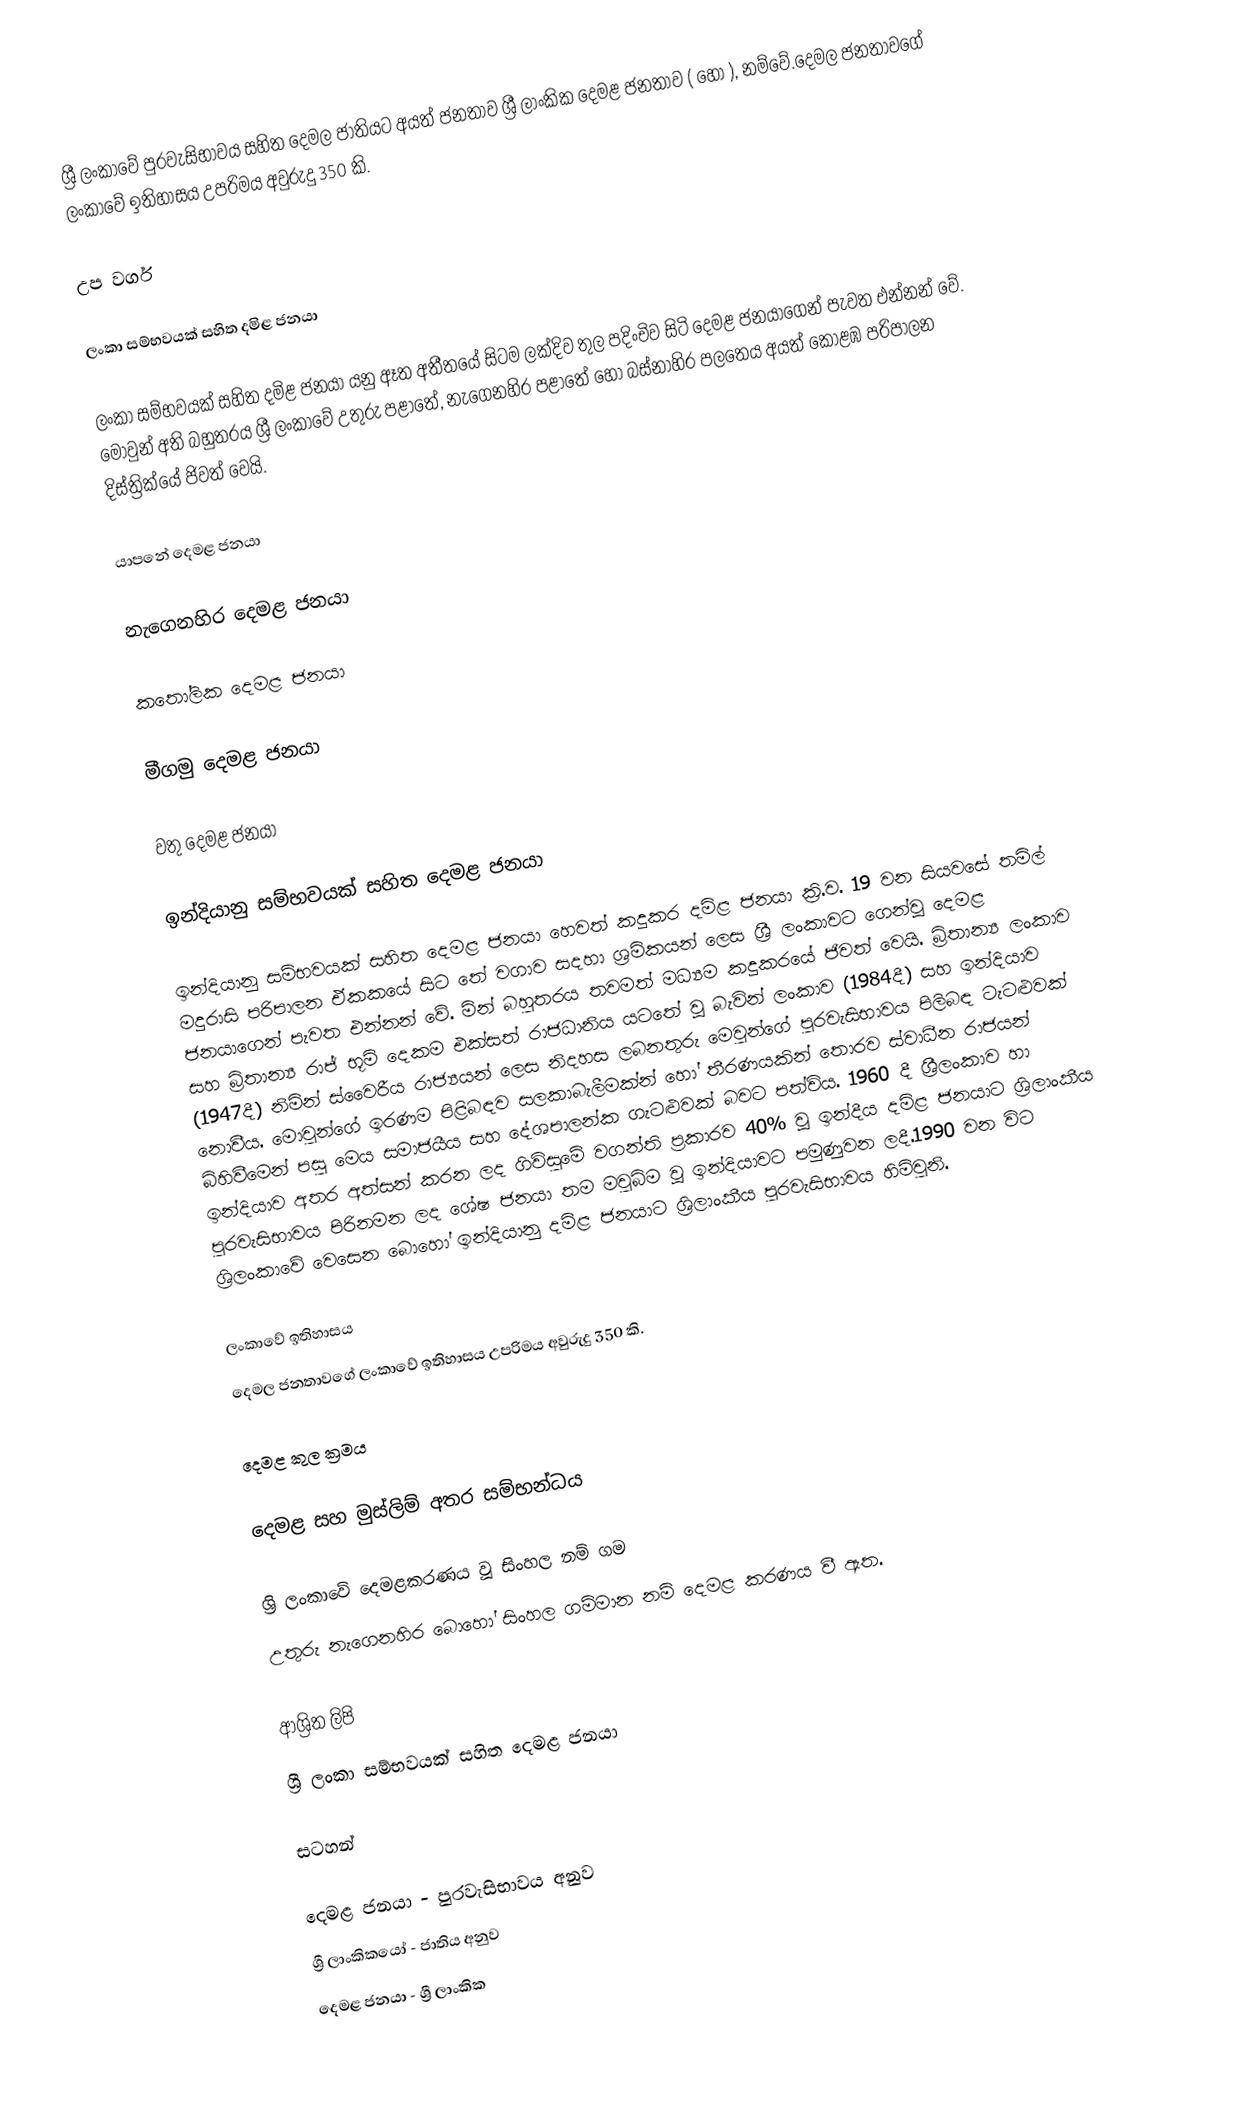
ශ්‍රී ලංකාවේ පුරවැසිභාවය සහිත දෙමල ජාතියට අයත් ජනතාව ශ්‍රී ලාංකික දෙමළ ජනතාව (  හෝ ), නම්වේ.දෙමල ජනතාවගේ ලංකාවේ ඉතිහාසය උපරිමය අවුරුදු 350 කි.

උප වර්ග

ලංකා සම්භවයක් සහිත දමිළ ජනයා

ලංකා සම්භවයක් සහිත දමිළ ජනයා යනු ඈත අතීතයේ සිටම ලක්දිව තුල පදිංචිව සිටි දෙමළ ජනයාගෙන් පැවත එන්නන් වේ. මොවුන් අති බහුතරය ශ්‍රී ලංකාවේ උතුරු පළාතේ, නැගෙනහිර පළාතේ හෝ බස්නාහිර පලතෙය අයත් කොළඹ පරිපාලන දිස්ත්‍රික්යේ ජිවත් වෙයි.

යාපනේ දෙමළ ජනයා

නැගෙනහිර දෙමළ ජනයා

කතෝලික දෙමළ ජනයා

මීගමු දෙමළ ජනයා

වතු දෙමළ ජනයා

ඉන්දියානු සම්භවයක් සහිත දෙමළ ජනයා

ඉන්දියානු සම්භවයක් සහිත දෙමළ ජනයා හෙවත් කදුකර දමිළ ජනයා ක්‍රි.ව. 19 වන සියවසේ තමිල් මදුරාසි පරිපාලන ඒකකයේ සිට තේ වගාව සදහා ශ්‍රමිකයන් ලෙස ශ්‍රී ලංකාවට ගෙන්වූ දෙමළ ජනයාගෙන් පැවත එන්නන් වේ. මින් බහුතරය තවමත් මධ්‍යම කදුකරයේ ජිවත් වෙයි. බ්‍රිතාන්‍ය ලංකාව සහ බ්‍රිතාන්‍ය රාජ් භූමි දෙකම එක්සත් රාජධානිය යටතේ වූ බැවින් ලංකාව‍ (1984දී) සහ ඉන්දියාව (1947දී) නිමින් ස්වෛරීය රාජ්‍යයන් ලෙස නිදහස ලබනතුරු මෙවුන්ගේ පුරවැසිභාවය පිලිබඳ ටැටළුවක් නොවීය. මොවුන්ගේ ඉරණම පිළිබඳව සලකාබැලීමක්න් හෝ තීරණයකින් තොරව ස්වාධීන රාජයන් බිහිවීමෙන් පසු මෙය සමාජයීය සහ දේශපාලන්ක ගැටළුවක් බවට පත්විය. 1960 දී ශ්‍රීලංකාව හා ඉන්දියාව අතර අත්සන් කරන ලද ගිවිසුමේ වගන්ති ප්‍රකාරව 40% වූ ඉන්දීය දමිළ ජනයාට ශ්‍රිලාංකීය පුරවැසිභාවය පිරිනමන ලද ශේෂ ජනයා තම මවුබිම වූ ඉන්දියාවට පමුණුවන ලදී.1990 වන විට ශ්‍රිලංකාවේ වෙසෙන බොහෝ ඉන්දියානු දමිළ ජනයාට ශ්‍රිලාංකීය පුරවැසිභාවය හිමිවුනි.

ලංකාවේ ඉතිහාසය
දෙමල ජනතාවගේ ලංකාවේ ඉතිහාසය උපරිමය අවුරුදු 350 කි.

දෙමළ කුල ක්‍රමය

දෙමළ සහ මුස්ලිම් අතර සම්භන්ධය

ශ්‍රි ලංකාවේ දෙමළකරණය වූ සිංහල නම් ගම
උතුරු නැගෙනහිර බොහෝ සිංහල ගම්මාන නම් දෙමළ කරණය වී ඇත.

ආශ්‍රිත ලිපි
 ශ්‍රී ලංකා සම්භවයක් සහිත දෙමළ ජනයා

සටහන්

දෙමළ ජනයා - පුරවැසිභාවය අනුව
ශ්‍රී ලාංකිකයෝ - ජාතිය අනුව
දෙමළ ජනයා - ශ්‍රී ලාංකික